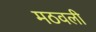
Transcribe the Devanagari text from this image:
मठवली